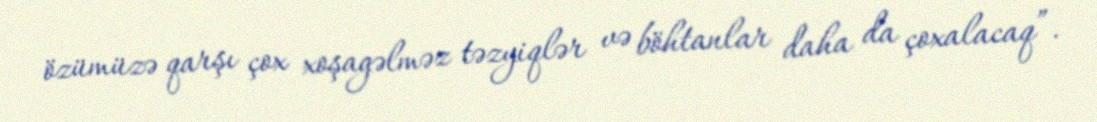
özümüzə qarşı çox xoşagəlməz təzyiqlər və böhtanlar daha da çoxalacaq”.